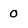
Character: 0